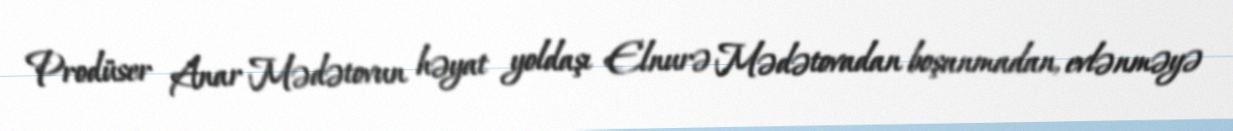
Prodüser Anar Mədətovun həyat yoldaşı Elnurə Mədətovadan boşanmadan, evlənməyə